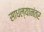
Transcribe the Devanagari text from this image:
साधल्यानंतर